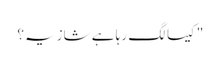
"کیسا لگ رہا ہے شازیہ؟